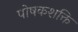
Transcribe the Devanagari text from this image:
पोषकशक्ति